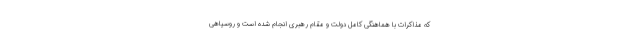
که مذاکرات با هماهنگی کامل دولت و مقام رهبری انجام شده است و روسیاهی